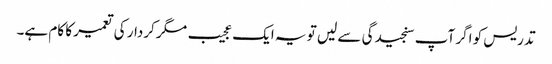
تدریس کو اگر آپ سنجیدگی سے لیں تو یہ ایک عجیب مگر کردار کی تعمیر کا کام ہے۔